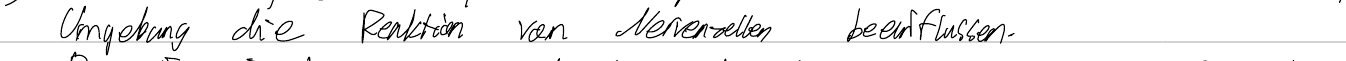
Umgebung die Reaktion von Nervenzellen beeinflussen.